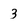
Character: 3